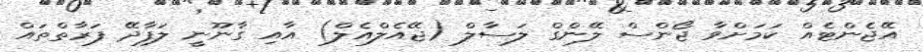
އޭޖެންޓެއް ކަމަށްވާ ޖޯންސް ލޭންގް ލަސާލް (ޖޭއެލްއެލް) އާއި ގާނޫނީ ލަފާދޭ ފަރާތްތައް